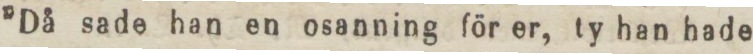
”Då sade han en osanning för er, ty han hade